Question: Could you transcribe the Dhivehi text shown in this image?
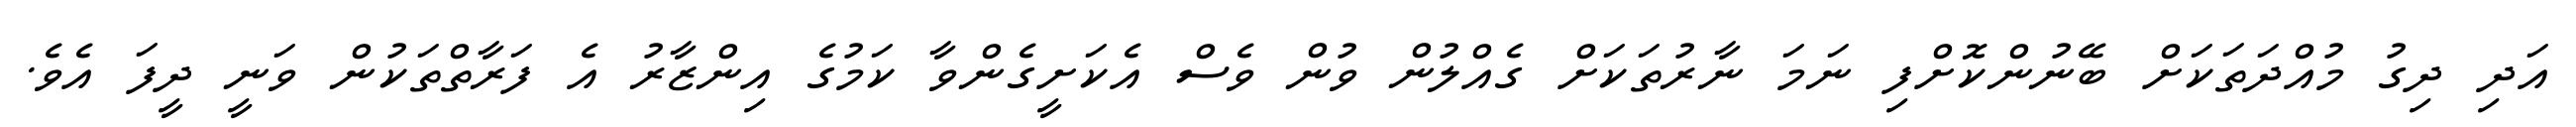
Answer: އަދި ދިގު މުއްދަތަކަށް ބޭނުންކޮށްފި ނަމަ ނާރުތަކަށް ގެއްލުން ވުން ވެސް އެކަށީގެންވާ ކަމުގެ އިންޒާރު އެ ފަރާތްތަކުން ވަނީ ދީފަ އެވެ.